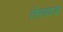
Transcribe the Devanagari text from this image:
तेरावड